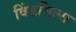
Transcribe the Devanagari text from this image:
विंडमिल्स